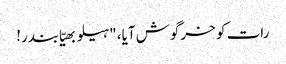
رات کو خرگوش آیا، "ہیلو بھیّا بندر!